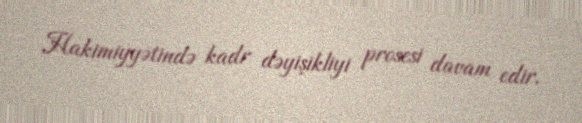
Hakimiyyətində kadr dəyişikliyi prosesi davam edir.